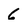
Character: 6